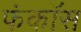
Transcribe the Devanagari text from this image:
फंकॉस